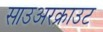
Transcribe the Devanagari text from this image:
साउअरक्राउट